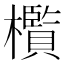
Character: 㰓